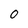
Character: 0